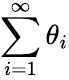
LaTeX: \sum_{i=1}^{\infty}\theta_{i}